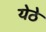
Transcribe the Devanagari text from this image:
येठे